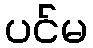
ပင်မ